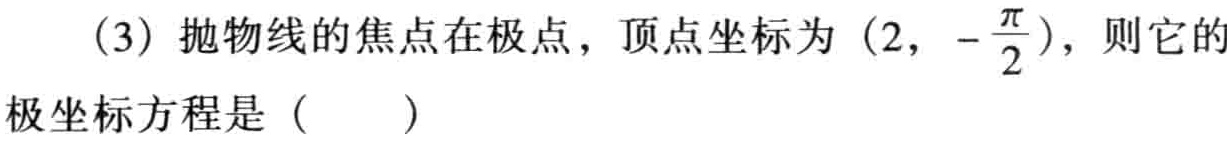
(3) 抛物线的焦点在极点，顶点坐标为\((2,-\frac{\pi}{2})\)，则它的
极坐标方程是（  ）